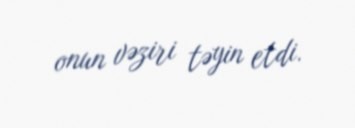
onun vəziri təyin etdi.